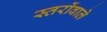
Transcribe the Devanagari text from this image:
स्तरोंवाले